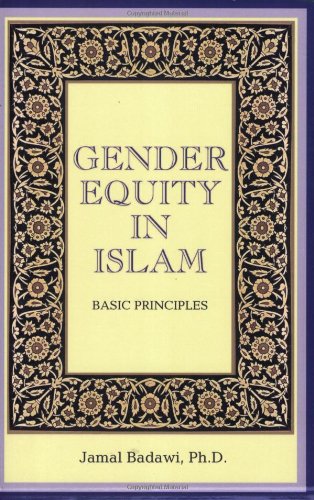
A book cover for Gender Equity in Islam: Basic Principles; Jamal A. Badawi; Law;